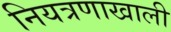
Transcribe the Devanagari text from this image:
नियत्रणाखाली